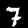
Digit: 7